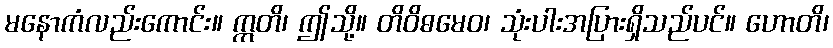
မနောကံလည်းကောင်း။ ဣတိ၊ ဤသို့။ တိဝိဓမေဝ၊ သုံးပါးအပြားရှိသည်ပင်။ ဟောတိ၊